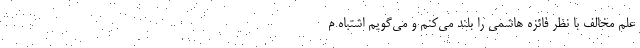
عَلَمِ مخالف با نظر فائزه هاشمی را بلند می‌کنم و می‌گویم اشتباه م